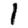
Digit: 1